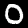
Label: 0